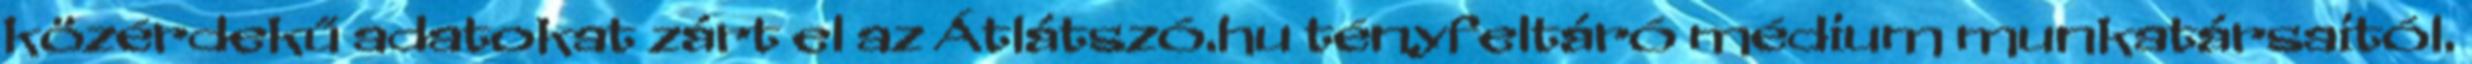
közérdekű adatokat zárt el az Átlátszó.hu tényfeltáró médium munkatársaitól.